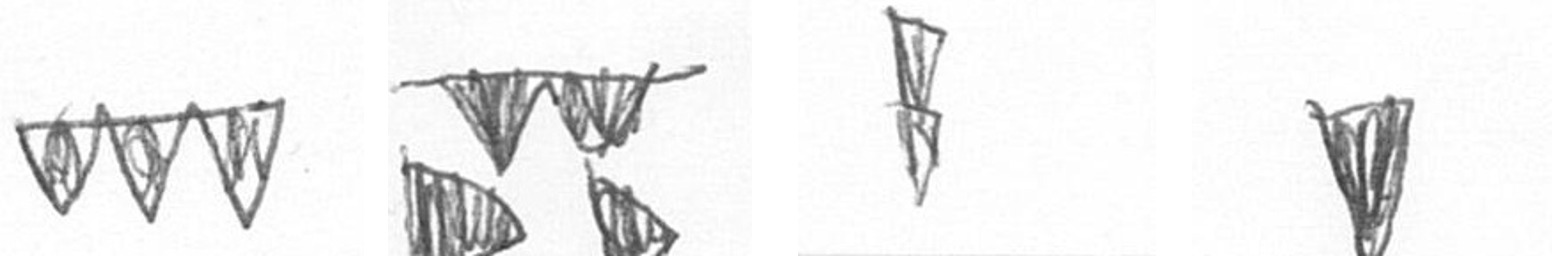
L B Z J